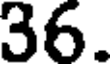
36.